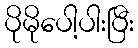
ပိုမိုပေါ့ပါးပြီး